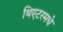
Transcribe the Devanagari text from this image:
थिएटरमधे